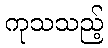
ကုသသည့်